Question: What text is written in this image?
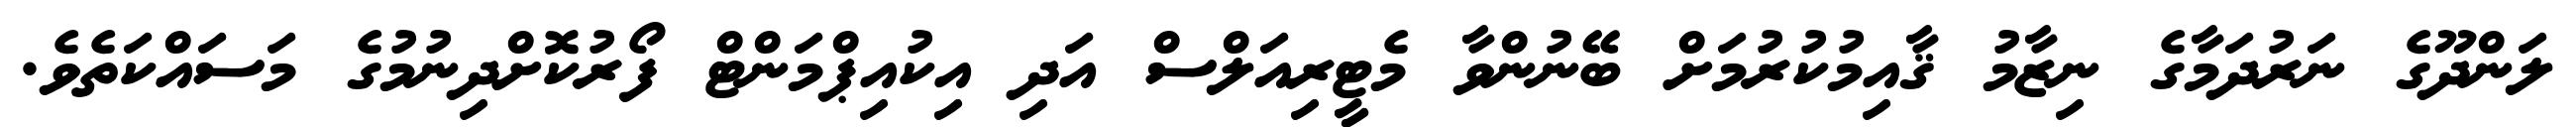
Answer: ލަންދޫގެ ނަރުދަމާގެ ނިޒާމު ޤާއިމުކުރުމަށް ބޭނުންވާ މެޓީރިއަލްސް އަދި އިކުއިޕްމަންޓް ފޯރުކޮށްދިނުމުގެ މަސައްކަތެވެ.